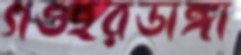
গওহরডাঙ্গা